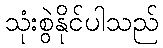
သုံးစွဲနိုင်ပါသည်